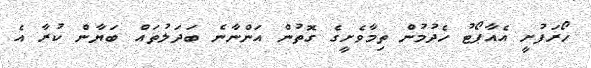
ހޯރަފުށީ އެއާޕޯޓު ހެދުމުން ތިމާވެށީގެ ގޮތުން އަންނާނެ ބަދަލުތައް ބަޔާން ކުރާ އެ